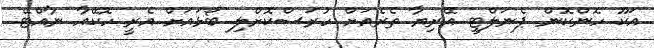
އަކޫ ހޮންކޮން ޕެނަލްޓީ އޭރިޔާ ތެރެއަށް ހުރަސްކޮށްލި ބޯޅައަށް އެރީ ހޮކޭއާ ނާއްޓޭ.